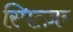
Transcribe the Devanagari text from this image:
स्पित्ज़र